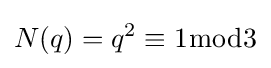
N(q)=q^{2}\equiv 1{\bmod {3}}